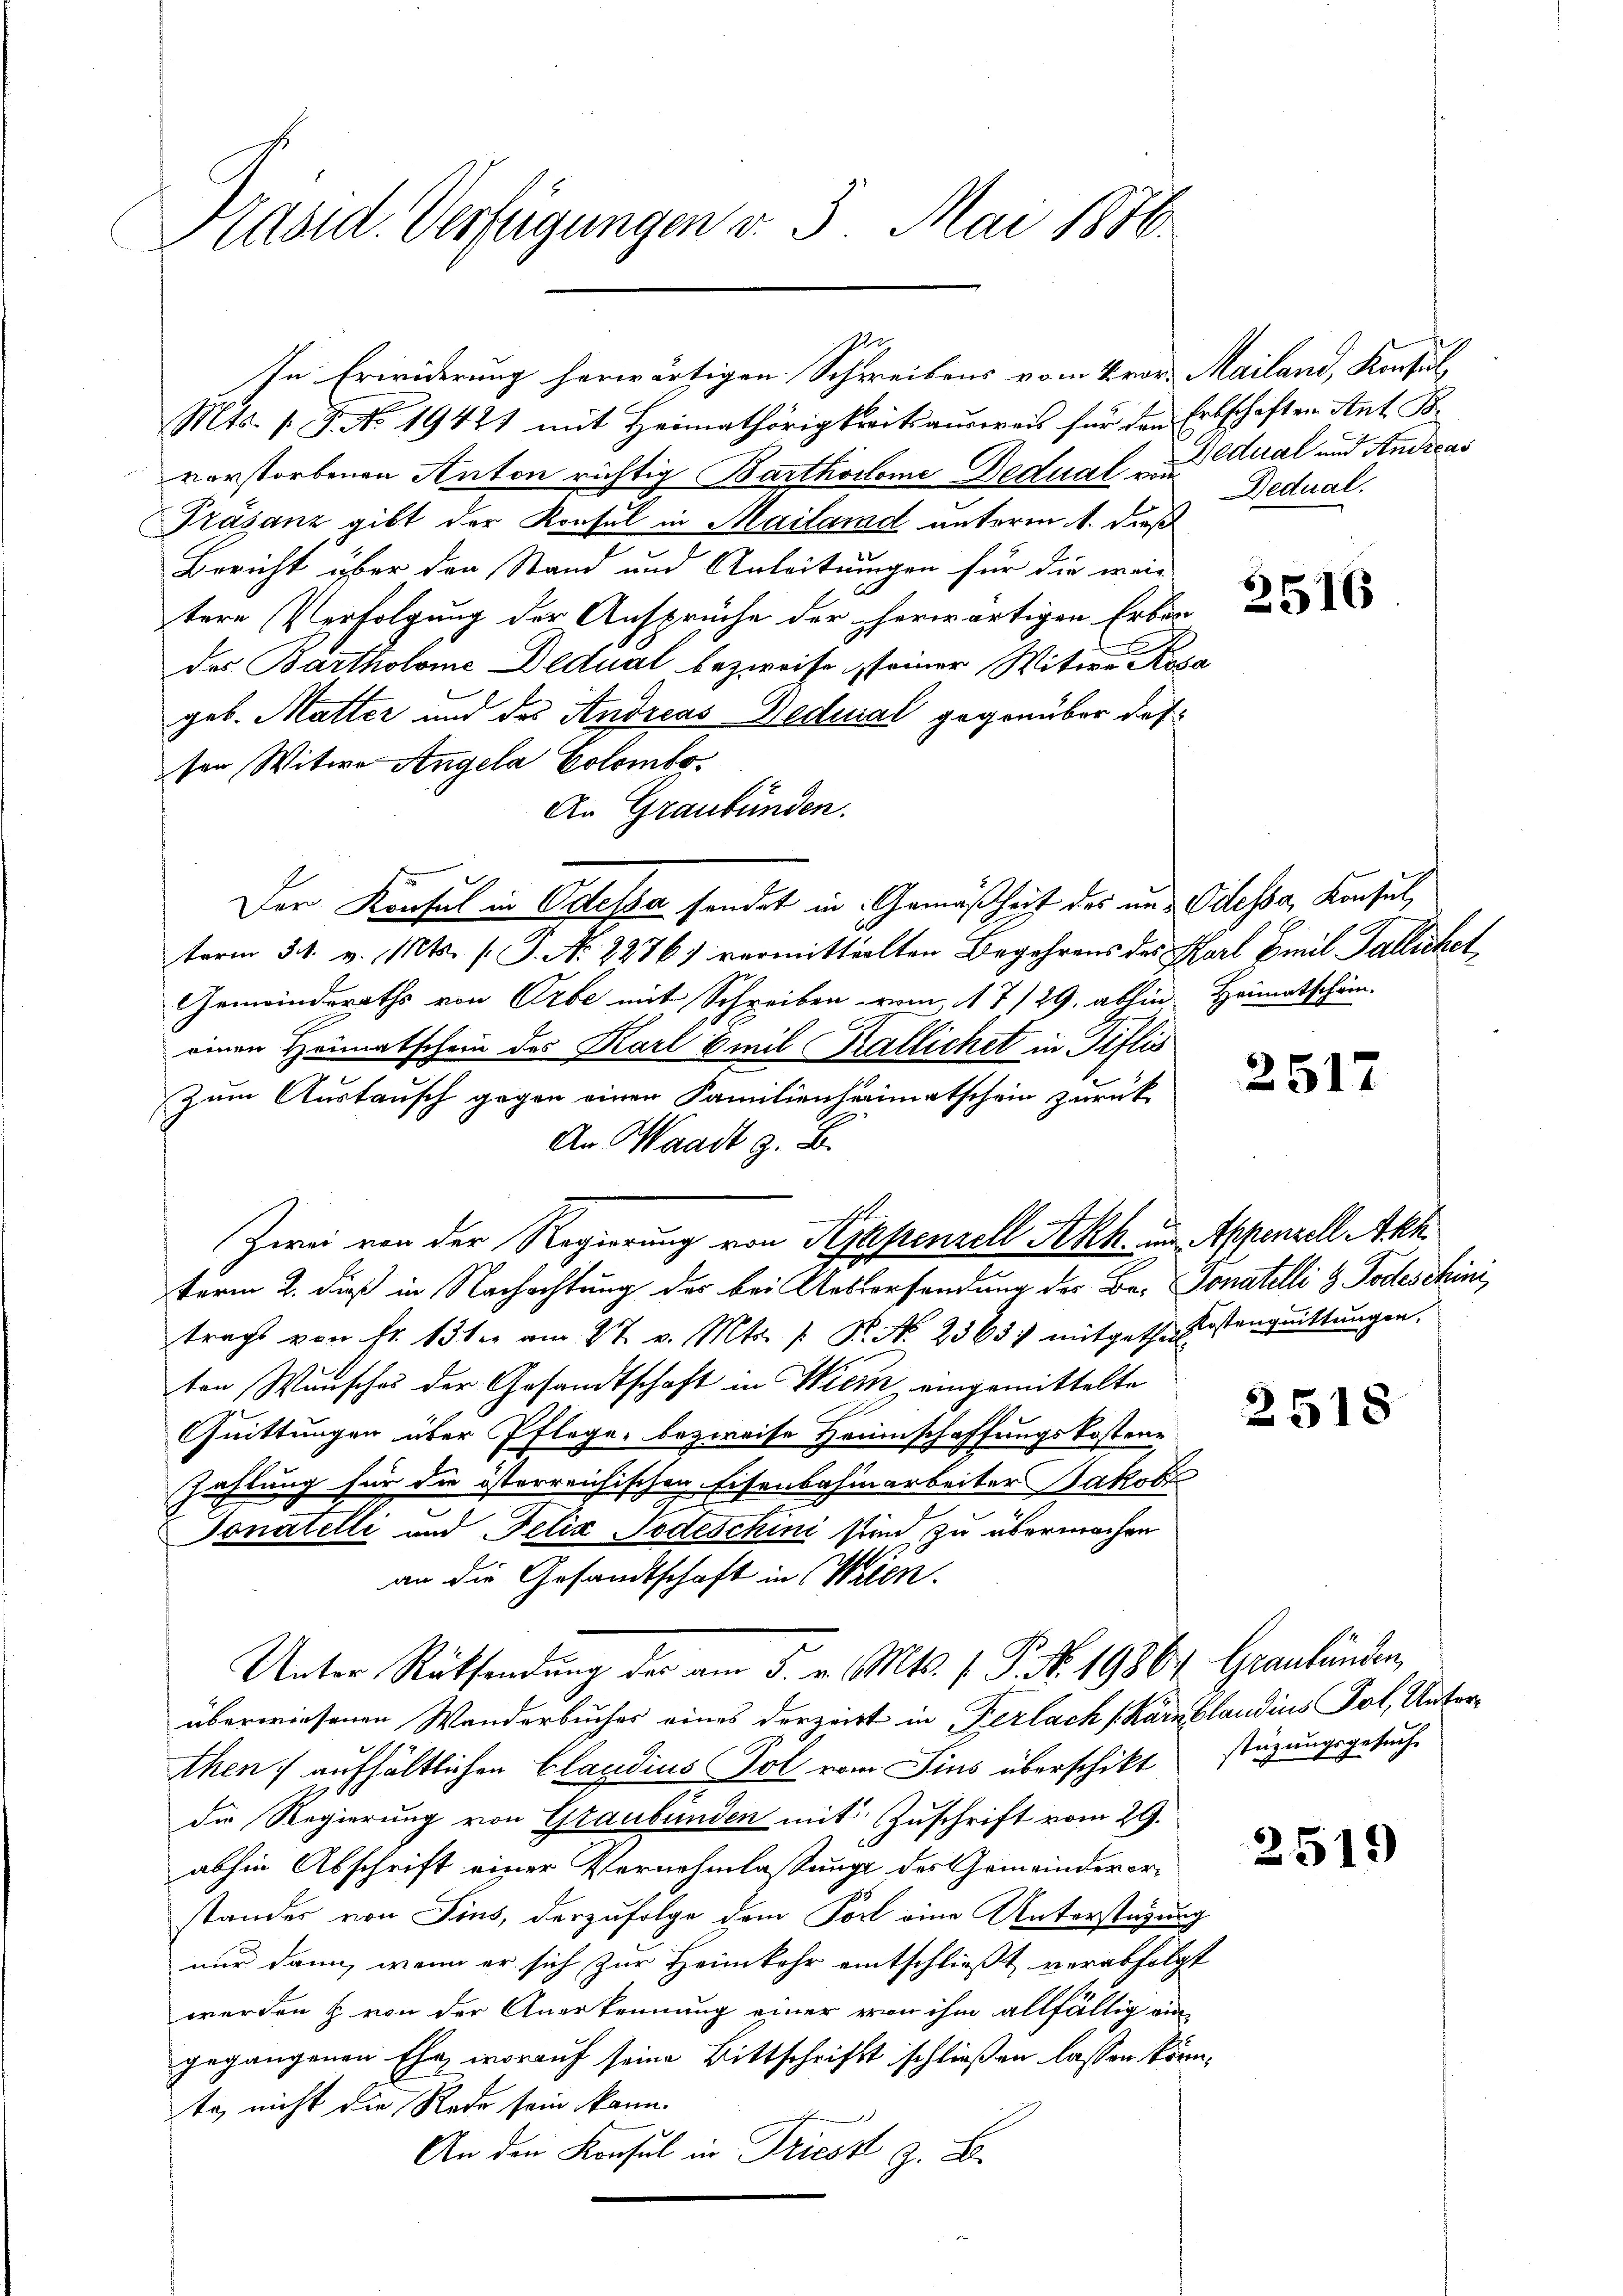
Präsid. Verfügungen v. 5. Mai 1816.

Mts. 1. No. 19421 mit Heimathörigkeits ausweis für den Erbschaften Ant. S
vorstorbenen Anton richtig Bartholome Dedual- ideal und Andreas
Prásanz gibt der Konsul in Mailand antoren 1. dieß
Bericht über den Stand und Anleitungen für die weitere Verfolgung der Ansprüche der herwärtigen Erben
des Bartholome Dedual bezweife, seiner Witwe Kap
geb. Matter und des Andreas Dednial gegenüber des
son, Witwe Angela Colombo¬
An Graubünden.
Der Konsul in Oelessa sendet in Gemäßheit des und Odessa, Konsul,
term 31. v. Mts. (: P. Nr. 2276) vermitteilten Begehrens des Karl Zinil Pallichet
Gemeinderaths von Erbe mit Schreiben vom 17./29. abhin Heimatschän-
einen Heimatschein des Karl Emil Kallichet in Piflis
Zum Austausch gegen einen Familienheimatschein zurück
An Waadt z. B.
Zwei von der Regierung von Appenzell Akh. im Appenzell Abh.
term 2. dieß in Nachachtung der bei Anstersendung der Be- Donatelli & Todeschini,
trags von fr. 13ter am 27. v. Mts. / B. No. 2363 mitgethe Kostenquittungen.
ten Wunsches der Gesandtschaft in Wien, eingemittelte
Quittungen über Pflege, bezweife Heimschaffungskostene
Zahlung für die österreichischen Eisenbahnarbeiter Jakob
Sanatelli und Felix Todeschini sind zu übermachen
an die Gesandtschaft in Wien.
Unter Rücksendung der am 5. v. Mts. f. P. No. 19864. Graubünden,
überwiesenen Wanderbuches eines derzeitt in Kerlach (Karnblaudius Pol, Unterthen, aufhältlichen Claudius Pol vom Sins überschikt
die Regierung von Graubünden mit Zuschrift vom 29.
abhin Abschrift einer Vernehmlassung des Gemeindevorstandes von Fins, derzufolge dem Port eine Unterstüzung
nur dann, wenn er sich zur Heimkehr eintschließt verabfolgt
werden & von der Anerkennung einer von ihm allfällig ein
gegangenen Ehe, worauf seine Bittschrifft schließen lassen könn
te nicht die Rede sein kann.
An den Konsul in Triess z. B.

In Erwiderung herwärtigen Schreibens vom vor. Mailand, Konsul,

Dedual.

.

3516

2517

2518

stüzungsgesuche

2519